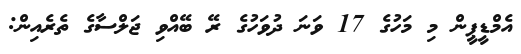
އެމްޑީޕީން މި މަހުގެ 17 ވަނަ ދުވަހުގެ ރޭ ބޭއްވި ޖަލްސާގެ ތެރެއިން: